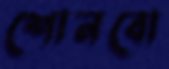
শোনবো